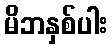
မိဘနှစ်ပါး